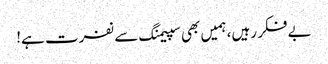
بے فکر رہیں، ہمیں بھی سپیمنگ سے نفرت ہے!